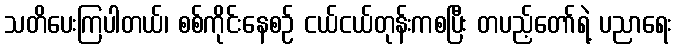
သတိပေးကြပါတယ်၊ စစ်ကိုင်းနေစဉ် ငယ်ငယ်တုန်းကစပြီး တပည့်တော်ရဲ့ ပညာရေး